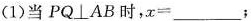
（1）当PQ\bot AB时，$$x = ___;$$